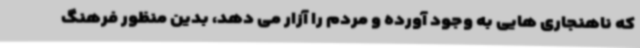
که ناهنجاری هایی به وجود آورده و مردم را آزار می دهد، بدین منظور فرهنگ